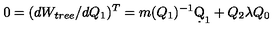
0 = ( d W _ { t r e e } / d Q _ { 1 } ) ^ { T } = m ( Q _ { 1 } ) ^ { - 1 } \d Q _ { 1 } + Q _ { 2 } \lambda Q _ { 0 }